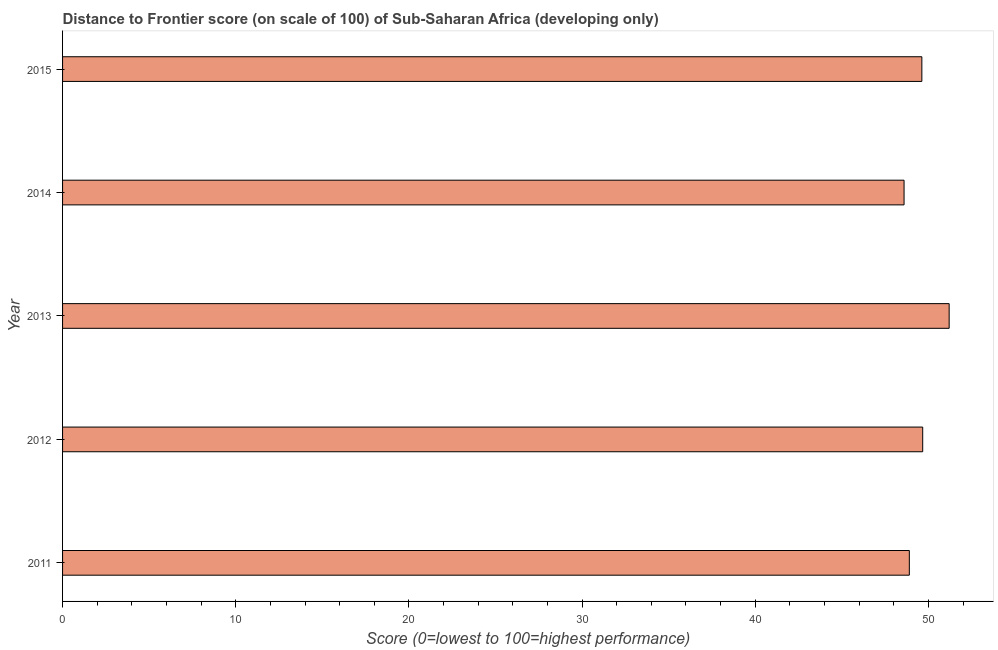
| Year | Distance to frontier score |
 | --- | --- |
 | 2011 | 48.9 |
 | 2012 | 49.7 |
 | 2013 | 51.2 |
 | 2014 | 48.6 |
 | 2015 | 49.6 |